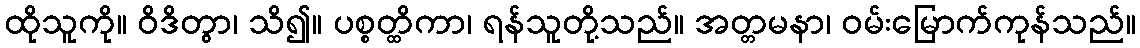
ထိုသူကို။ ဝိဒိတွာ၊ သိ၍။ ပစ္စတ္ထိကာ၊ ရန်သူတို့သည်။ အတ္တမနာ၊ ဝမ်းမြောက်ကုန်သည်။